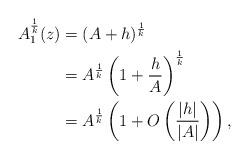
LaTeX: \begin{align*} A_1^{\frac{1}{k}}(z)&=(A+h)^{\frac{1}{k}}\\ &=A^{\frac{1}{k}}\left(1+ \frac{h}{A}\right)^{\frac{1}{k}}\\ &= A^{\frac{1}{k}}\left(1+ O\left({\frac{|h|}{|A|}}\right)\right),\end{align*}